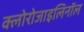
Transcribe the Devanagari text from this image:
क्लोरोजाइलिनॉल